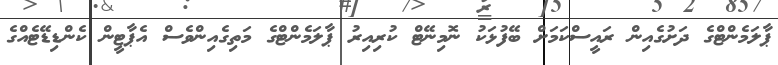
ޕާލަމެންޓްގެ ދަށުގެއިން ރައީސްކަމަށް ބޭފުޅަކު ނޮމިނޭޓް ކުރިއިރު ޕާލަމެންޓްގެ މަތިގެއިންވެސް އެޕާޓީން ކެންޑިޑޭޓެއްގެ